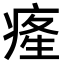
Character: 𤷬